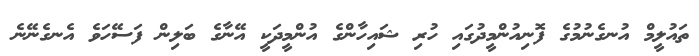
ތައުލީމް އުނގެނުމުގެ ފޮނިއުންމީދުގައި ހުރި ޝައިހާންގެ އުންމީދަކީ އޭނާގެ ބަލިން ފަސޭހަވެ އެނގެނޭނެ